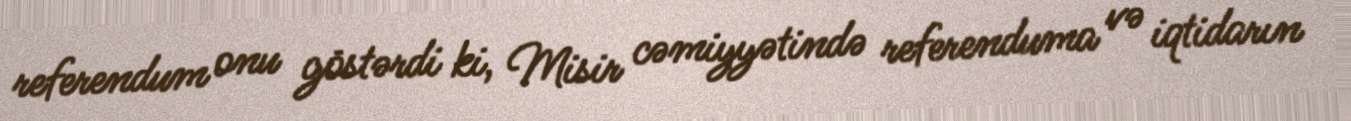
referendum onu göstərdi ki, Misir cəmiyyətində referenduma və iqtidarın